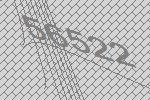
56522